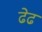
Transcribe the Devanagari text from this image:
ढेढ